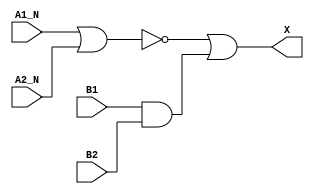
/*
 * Copyright 2020 The SkyWater PDK Authors
 *
 * Licensed under the Apache License, Version 2.0 (the "License");
 * you may not use this file except in compliance with the License.
 * You may obtain a copy of the License at
 *
 *     https://www.apache.org/licenses/LICENSE-2.0
 *
 * Unless required by applicable law or agreed to in writing, software
 * distributed under the License is distributed on an "AS IS" BASIS,
 * WITHOUT WARRANTIES OR CONDITIONS OF ANY KIND, either express or implied.
 * See the License for the specific language governing permissions and
 * limitations under the License.
 *
 * SPDX-License-Identifier: Apache-2.0
*/


`ifndef SKY130_FD_SC_HD__A2BB2O_FUNCTIONAL_V
`define SKY130_FD_SC_HD__A2BB2O_FUNCTIONAL_V

/**
 * a2bb2o: 2-input AND, both inputs inverted, into first input, and
 *         2-input AND into 2nd input of 2-input OR.
 *
 *         X = ((!A1 & !A2) | (B1 & B2))
 *
 * Verilog simulation functional model.
 */

`timescale 1ns / 1ps
`default_nettype none

`celldefine
module sky130_fd_sc_hd__a2bb2o (
    X   ,
    A1_N,
    A2_N,
    B1  ,
    B2
);

    // Module ports
    output X   ;
    input  A1_N;
    input  A2_N;
    input  B1  ;
    input  B2  ;

    // Local signals
    wire and0_out ;
    wire nor0_out ;
    wire or0_out_X;

    //  Name  Output     Other arguments
    and and0 (and0_out , B1, B2            );
    nor nor0 (nor0_out , A1_N, A2_N        );
    or  or0  (or0_out_X, nor0_out, and0_out);
    buf buf0 (X        , or0_out_X         );

endmodule
`endcelldefine

`default_nettype wire
`endif  // SKY130_FD_SC_HD__A2BB2O_FUNCTIONAL_V